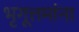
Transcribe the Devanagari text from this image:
भृगूत्तमांना